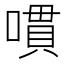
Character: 𱔔